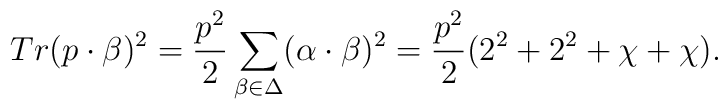
Tr(p\cdot\beta)^2={p^2\over2}\sum_{\beta\in\Delta}(\alpha\cdot\beta)^2={p^2\over2}(2^2+2^2+\chi+\chi).